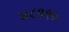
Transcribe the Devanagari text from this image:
४८९१०